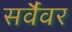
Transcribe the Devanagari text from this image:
सर्वैवर